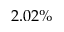
2 . 0 2 \%